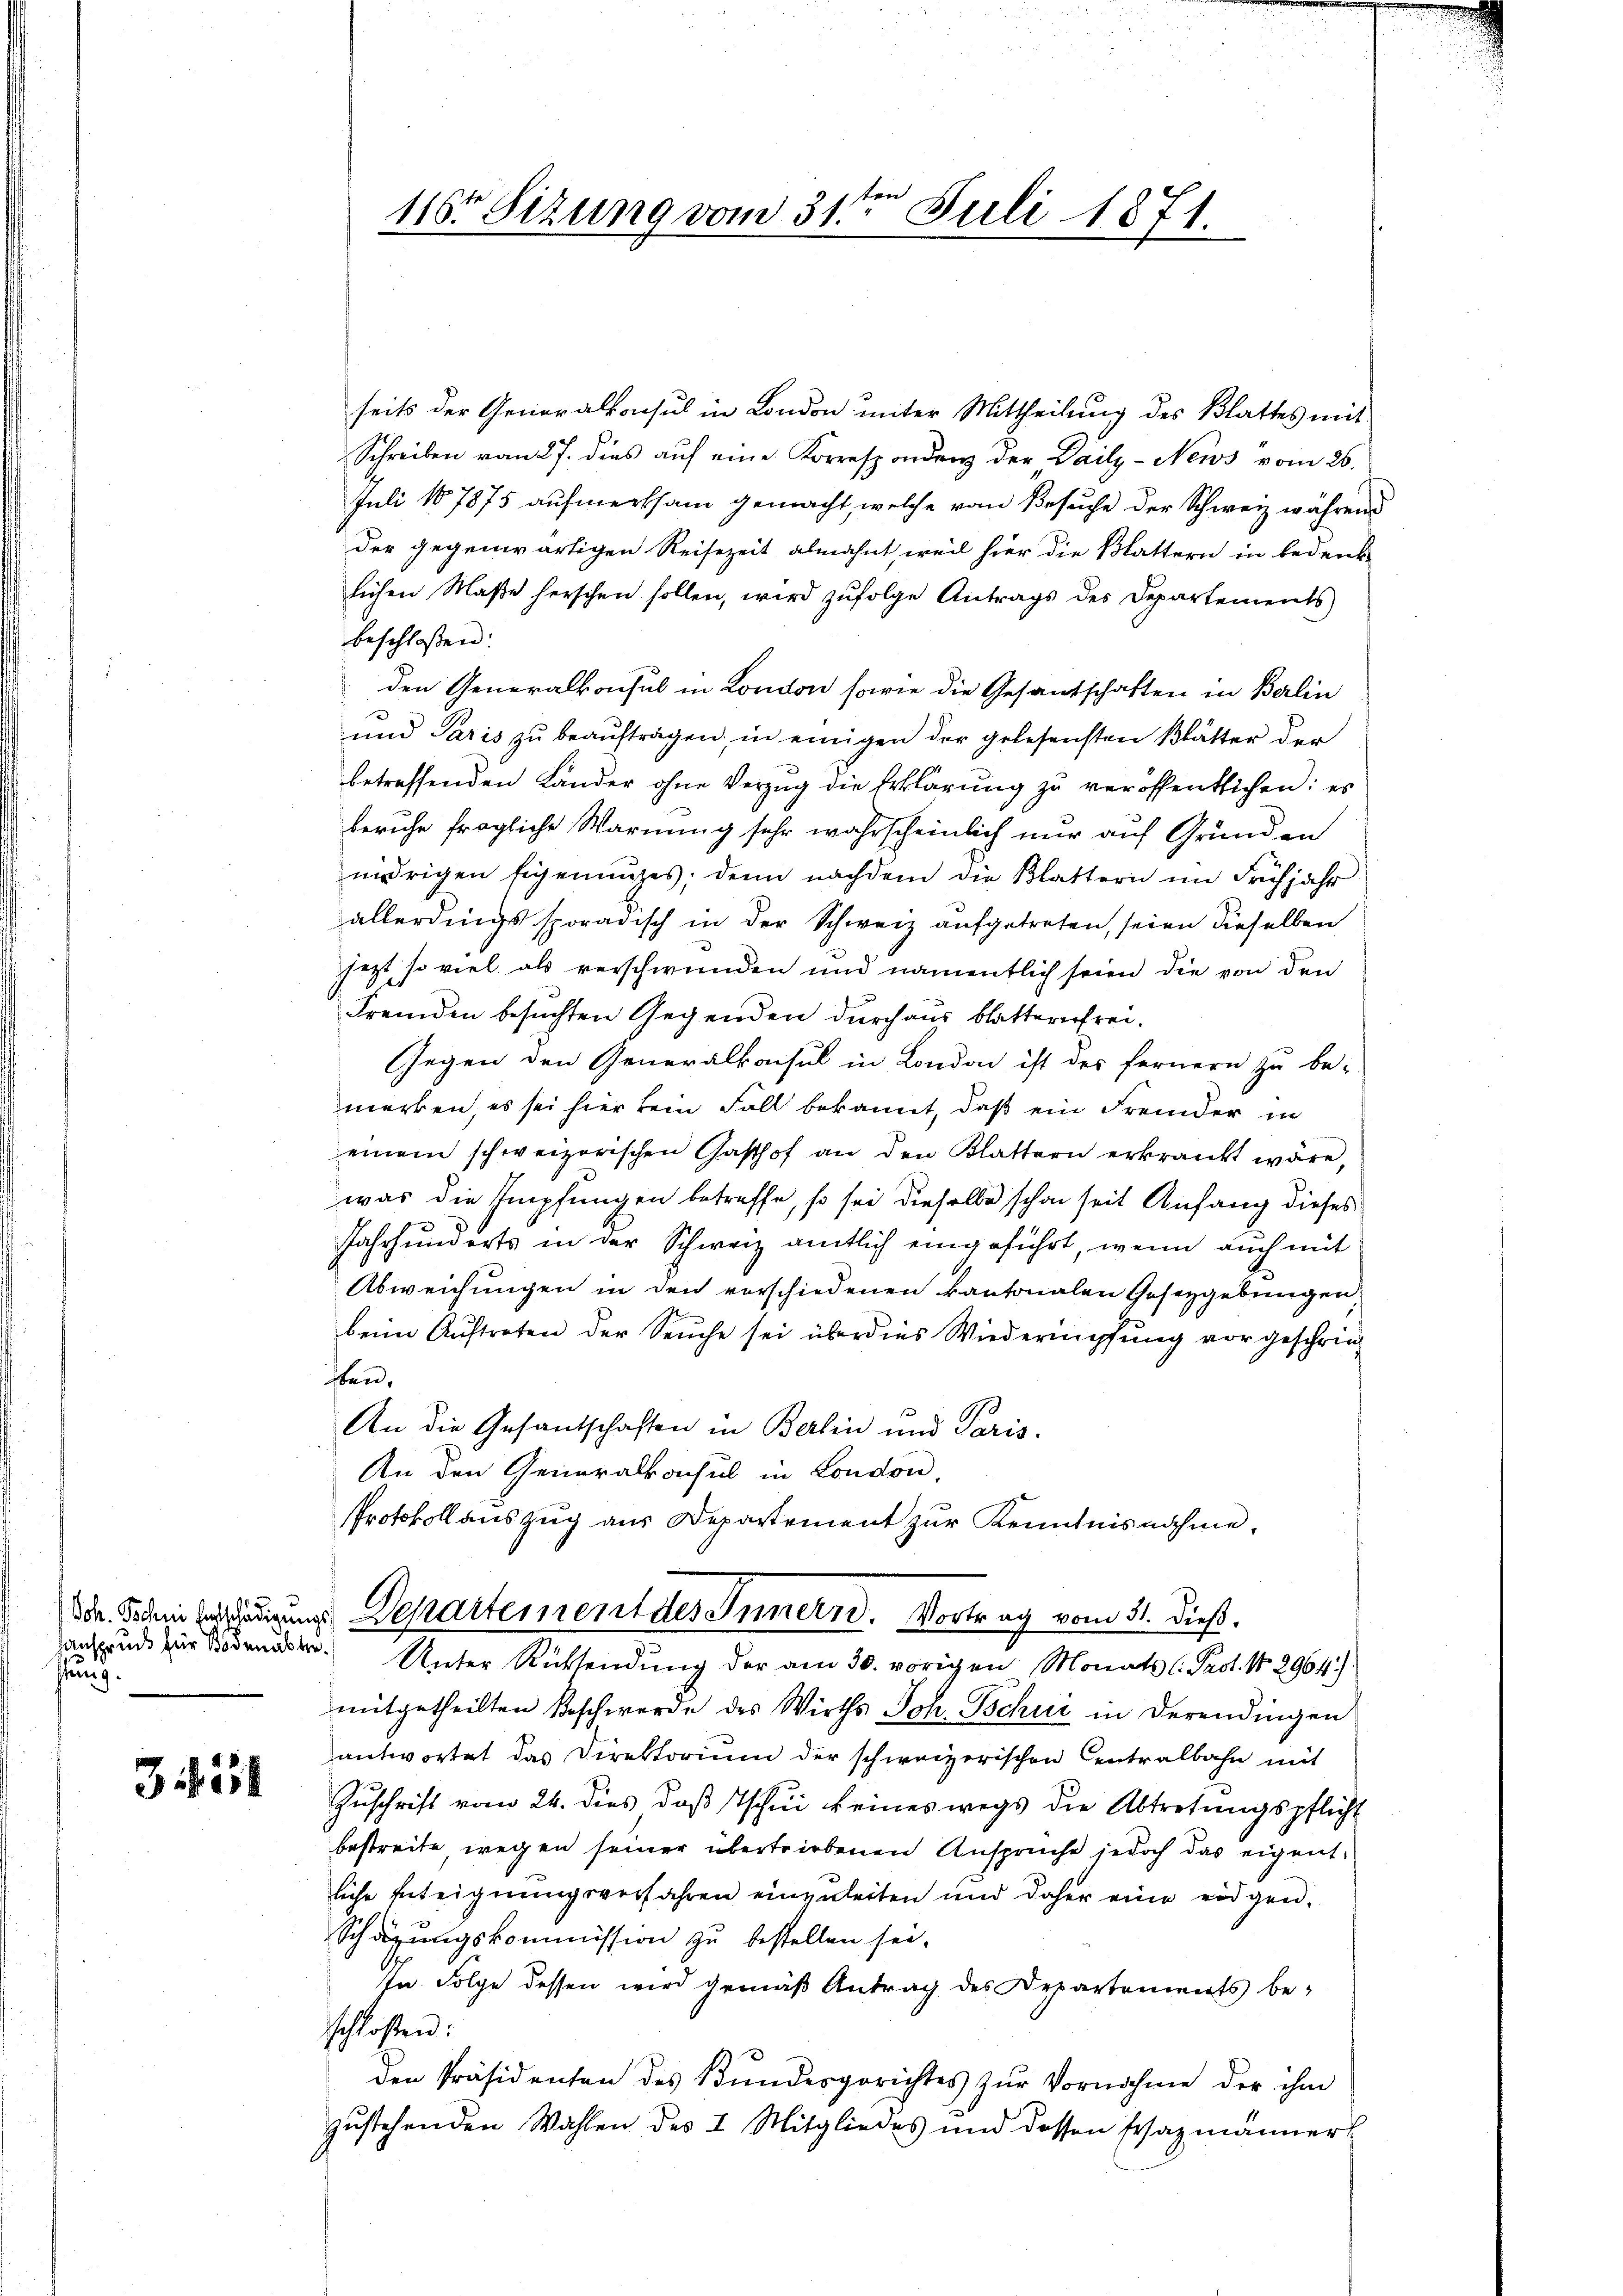
thung.

31551

116ten Sizung vom 31te͇n Juli 1871.

seits der Generalkonsul in London unter Mittheilung des Blattes mit
Schreiben vom 27. dies auf eine Korrespondenz der Daily-News vom 26.
Juli 187875 aufmerksam gemacht, welche vom Besuche der Schweiz während
der gegenwärtigen Reisezeit abmahnt, weil hier die Blattern in bedenk-
lichen Maße herschen sollen, wird zufolge Antrags des Departements
beschloßen:
den Generalkonsul in London sowie die Gesantschaften in Berlin
und Paris zŭ beaŭftragen, in einigen der gelesensten Blätter der
betreffenden Lander ohne Verzug die Erklärung zu veröffentlichen: es
beruhe fragliche Warnung sehr wahrscheinlich nur auf Grunden
nidrigen Eigenanzes, denn nachdem die Blattern im Frühjahr
allerdings sporadisch in der Schweiz aufgetreten, seien dieselben
jezt so viel als verschwunden und namentlich seien die von den
Fremden besuchten Gegenden durchaus blattererfrei¬
Gegen den Generalkonsul in London ist des fernern zu be-
merken, es sei hier kein Fall bekannt, daß ein Fremder in
einem schweizerischen Gasthof an den Klattern erkrankt wäre,
was die Impfungen betreffe, so sei dieselbe schon seit Anfang dieses
Jahrhunderts in der Schweiz amtlich eingeführt, wenn auch mit
Abweichungen in den vorschiedenen kantonalen Gesezgebungen,
beim Auftreten der Seuche sei überdies Wiedermpfung vorgeschriesten,
An die Gesandtschaften in Berlin und Paris.
An den Generalkonsul in London,
Protokollauszug aus Departement zur Kenntnisnahme,
ddr. Sehen Beschädigungs Departement des Innern. Vortrag vom 31. dieß.
ansprude zur Sonnen. Unter Rücksendung der am 30. vorigen Monats l: Past. No 2964.)
mitgetheilten Beschwerde des Wirths Joh. Schur in derendingen
antwortet das Direktorium der schweizerischen Centralbahn mit
Zuschrift vom 24. dies, daß Tschui keineswegs die Abtretungspflicht
bestreite wegen seiner übertriebenen Ansprüche jedoch das eigent-
liche Enteignungsverfahren einenleiten und daher eine eidgen.
Schazungskommission zu bestellen sei.
In Folge dessen wird gemäß Antrag des Departements beschloßen:
den Präsidenten des Bundesgerichtes zŭr Vornahme der ihm
zustehenden Wahlen des I. Mitgliedes und dessen Ersazmänner¬